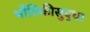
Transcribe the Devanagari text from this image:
भौतिकीसुद्धा